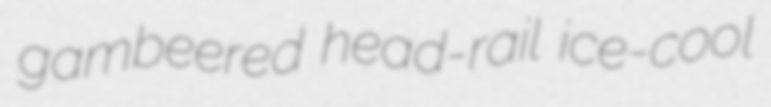
gambeered head-rail ice-cool